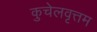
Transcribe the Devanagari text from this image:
कुचेलवृत्तम